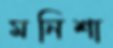
মনিশা